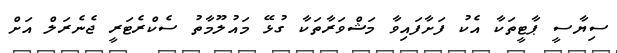
ސިޔާސީ ޕާޓީތަކާ އެކު ފަށާފައިވާ މަޝްވަރާތަކާ ގުޅޭ މައުލޫމާތު ސެކްރެޓަރީ ޖެނެރަލް އަށް